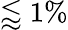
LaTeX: \lessapprox 1\%